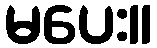
မပေး။